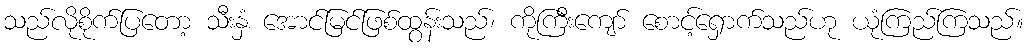
သည်လိုစိုက်ပြတော့ သီးနှံ အောင်မြင်ဖြစ်ထွန်းသည်၊ ကိုကြီးကျော် စောင့်ရှောက်သည်ဟု ယုံကြည်ကြသည်။